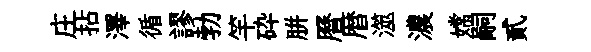
庄拈澤循謬勃竿砕胼曆暦澨濃嫦嗣貳